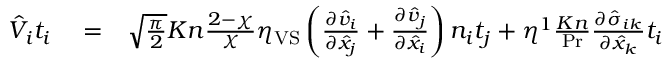
\begin{array} { r l r } { \hat { V } _ { i } t _ { i } } & { { } = } & { \sqrt { \frac { \pi } { 2 } } K n \frac { 2 - \chi } { \chi } \eta _ { \mathrm { V S } } \left( \frac { \partial \hat { v } _ { i } } { \partial \hat { x } _ { j } } + \frac { \partial \hat { v } _ { j } } { \partial \hat { x } _ { i } } \right) n _ { i } t _ { j } + \eta ^ { 1 } \frac { K n } { \operatorname* { P r } } \frac { \partial \hat { \sigma } _ { i k } } { \partial \hat { x } _ { k } } t _ { i } } \end{array}